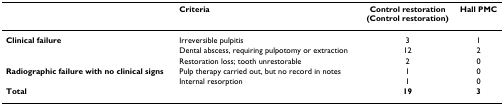
<table><thead><tr><td></td><td><b>Criteria</b></td><td><b>Control restoration (Control restoration)</b></td><td><b>Hall PMC</b></td></tr></thead><tbody><tr><td><b>Clinical failure</b></td><td>Irreversible pulpitis</td><td>3</td><td>1</td></tr><tr><td></td><td>Dental abscess, requiring pulpotomy or extraction</td><td>12</td><td>2</td></tr><tr><td></td><td>Restoration loss; tooth unrestorable</td><td>2</td><td>0</td></tr><tr><td><b>Radiographic failure with no clinical signs</b></td><td>Pulp therapy carried out, but no record in notes</td><td>1</td><td>0</td></tr><tr><td></td><td>Internal resorption</td><td>1</td><td>0</td></tr><tr><td><b>Total</b></td><td></td><td><b>19</b></td><td><b>3</b></td></tr></tbody></table>